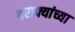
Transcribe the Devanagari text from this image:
तराफ्यांच्या